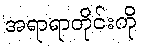
အရာရာတိုင်းကို